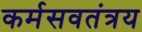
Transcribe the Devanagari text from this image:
कर्मसवतंत्रय